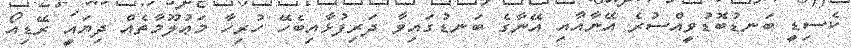
ކެސިޑީ ބަނޑުބޮޑުވީއްސުރެ އޭނާއާއި އޭނާގެ ބަނޑުގައިވާ ދަރިފުޅާއިބެހޭ ހުރިހާ މަޢުލޫމާތެއް ދިޔައީ ރޭޑިއޯ